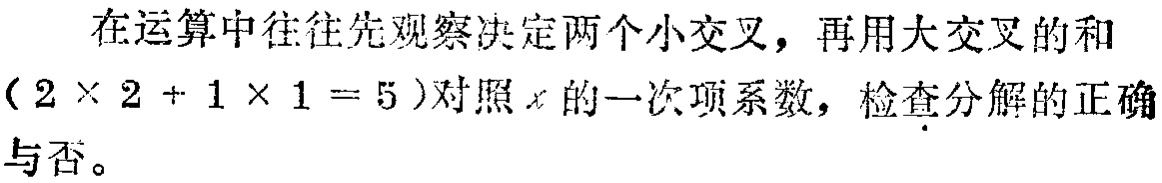
在运算中往往先观察决定两个小交叉，再用大交叉的和$(2\times 2 + 1\times 1 = 5)$对照$x$的一次项系数，检查分解的正确与否。